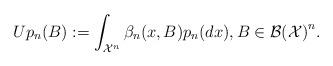
LaTeX: \begin{align*}Up_n(B):=\int_{\mathcal X^n}\beta_n(x,B)p_n(dx), B \in \mathcal{B(X)}^n.\end{align*}